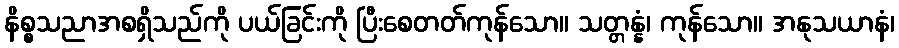
နိစ္စသညာအစရှိသည်ကို ပယ်ခြင်းကို ပြီးစေတတ်ကုန်သော။ သတ္တန္နံ၊ ကုန်သော။ အနုသယာနံ၊